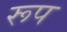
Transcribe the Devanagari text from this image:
रूप